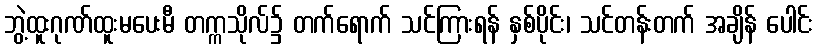
ဘွဲ့ထူးဂုဏ်ထူးမပေးမီ တက္ကသိုလ်၌ တက်ရောက် သင်ကြားရန် နှစ်ပိုင်း၊ သင်တန်းတက် အချိန် ပေါင်း